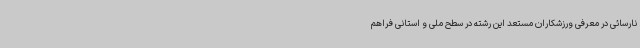
نارسائی در معرفی ورزشکاران مستعد این رشته در سطح ملی و استانی فراهم